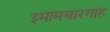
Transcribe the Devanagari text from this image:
इमामबारगाह